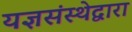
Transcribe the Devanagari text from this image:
यज्ञसंस्थेद्वारा